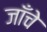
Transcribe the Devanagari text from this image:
जाँचे